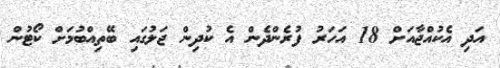
އަދި އެކުއްޖާއަށް 18 އަހަރު ފުރެންދެން އެ ކުދިން ޖަލުގައި ބޭތިއްބުމަށް ކޯޓުން